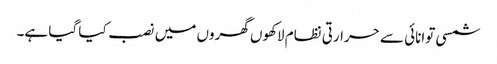
شمسی توانائی سے حرارتی نظام لاکھوں گھروں میں نصب کیا گیا ہے۔